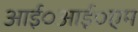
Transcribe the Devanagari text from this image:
आई०आई०एम